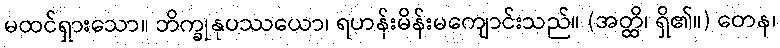
မထင်ရှားသော။ ဘိက္ခုနုပဿယော၊ ရဟန်းမိန်းမကျောင်းသည်။ (အတ္ထိ၊ ရှိ၏။) တေန၊